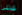
شكرا